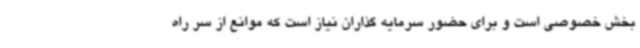
بخش خصوصی است و برای حضور سرمایه گذاران نیاز است که موانع از سر راه